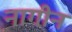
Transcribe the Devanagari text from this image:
नागीन